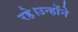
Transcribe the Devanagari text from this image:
रहे।उन्होंने